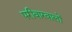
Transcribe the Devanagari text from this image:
परीवारवालों